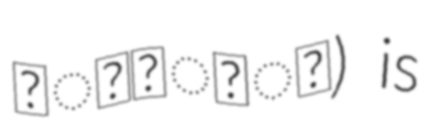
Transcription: किल्ला) is